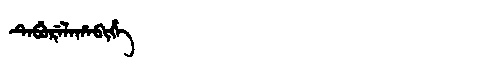
Manchu: ᡨᡝᠪᡠᡵᡝᠯᠠᡥᠠᠪᡳᡥᡝ
Romanization: TEBURELAHABIHE